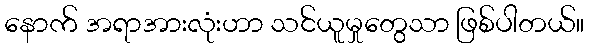
နောက် အရာအားလုံးဟာ သင်ယူမှုတွေသာ ဖြစ်ပါတယ်။